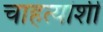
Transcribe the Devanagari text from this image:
चाहत्यांशी